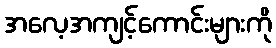
အလေ့အကျင့်ကောင်းများကို